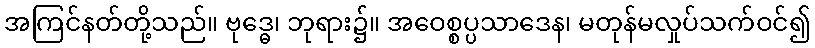
အကြင်နတ်တို့သည်။ ဗုဒ္ဓေ၊ ဘုရား၌။ အဝေစ္စပ္ပသာဒေန၊ မတုန်မလှုပ်သက်ဝင်၍